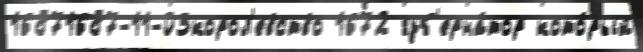
16871687-11-03корол'евство 1672 губ'ерна́тор кото́рый